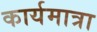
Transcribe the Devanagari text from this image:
कार्यमात्रा